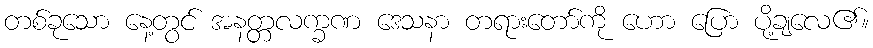
တစ်ခုသော နေ့တွင် အနတ္တလက္ခဏ ဒေသနာ တရားတော်ကို ဟော ပြော ပို့ချလေ၏။